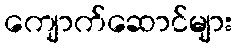
ကျောက်ဆောင်များ